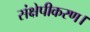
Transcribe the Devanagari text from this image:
संक्षेपीकरण।